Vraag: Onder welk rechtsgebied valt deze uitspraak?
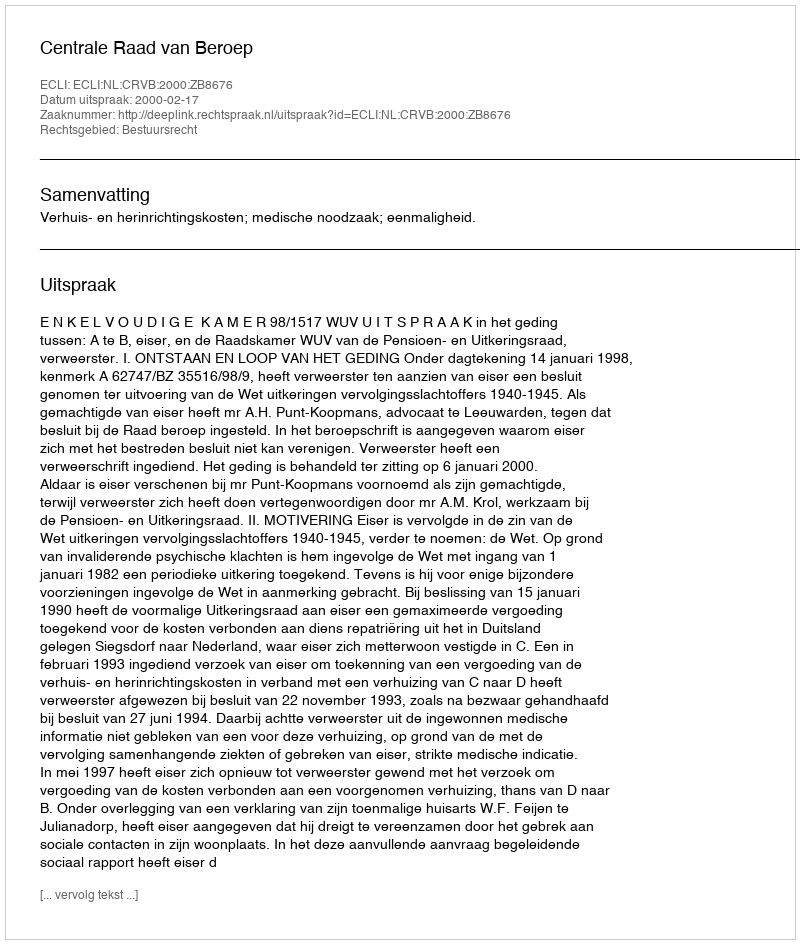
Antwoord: Bestuursrecht